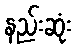
နည်းဆုံး